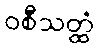
ဝစီသတ္ထံ